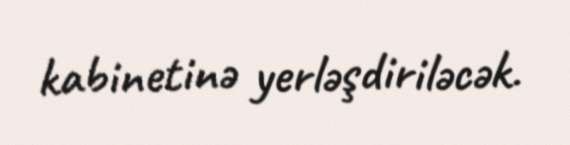
kabinetinə yerləşdiriləcək.